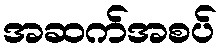
အဆက်အစပ်